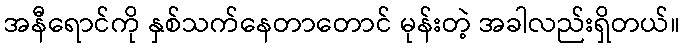
အနီရောင်ကို နှစ်သက်နေတာတောင် မုန်းတဲ့ အခါလည်းရှိတယ်။